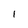
Character: 1